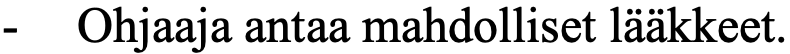
-  Ohjaaja antaa mahdolliset lääkkeet.